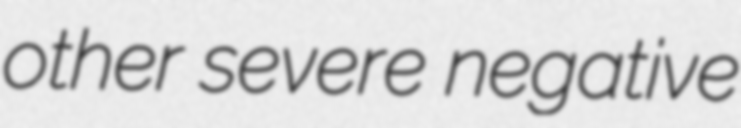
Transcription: other severe negative